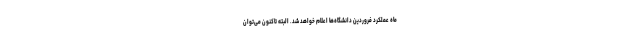
ماه عملکرد فروردین دانشگاه‌ها اعلام خواهد شد. البته تاکنون می‌توان